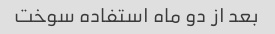
بعد از دو ماه استفاده سوخت